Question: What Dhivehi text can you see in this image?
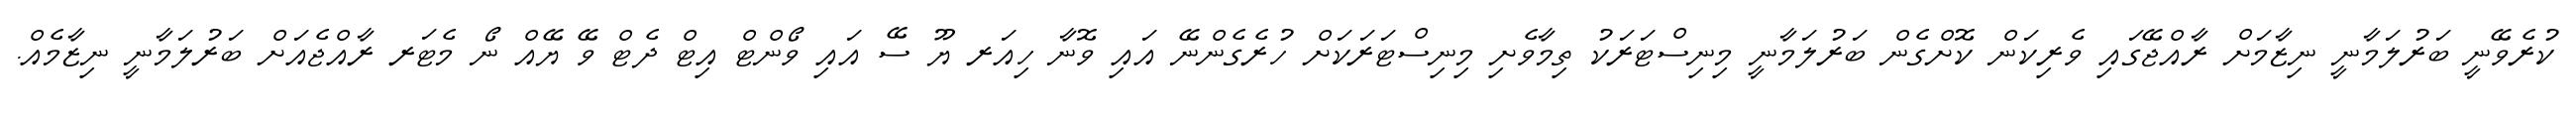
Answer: ކުރެވޭނީ ބަރުލަމާނީ ނިޒާމަށް ރާއްޖޭގައި ވެރިކަން ކޮށްގެން ބަރުލަމާނީ މިނިސްޓަރަކު ތިމާވެށި މިނިސްޓަރަކަށް ހުރެގެންނޭ އައި ވޮނާ ހިއަރ ޔޫ ސޭ އައި ވޯންޓް އިޓް ދެޓް ވޭ ޔޭއް ނޯ މެޓަރ ރާއްޖެއަށް ބަރުލަމާނީ ނިޒާމެއް.